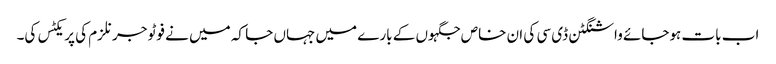
اب بات ہوجائے واشنگٹن ڈی سی کی ان خاص جگہوں کے بارے میں جہاں جا کہ میں نے فوٹو جرنلزم کی پریکٹس کی۔